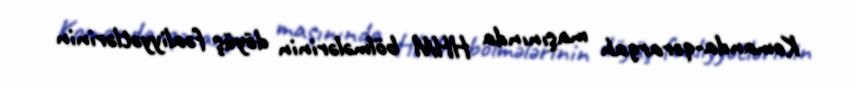
Komanda-qərargah maşınında HHM bölmələrinin döyüş fəaliyyətlərinin